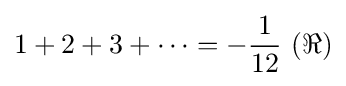
1+2+3+\cdots =-{\frac {1}{12}}\ (\Re )